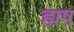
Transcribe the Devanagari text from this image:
ह्मष